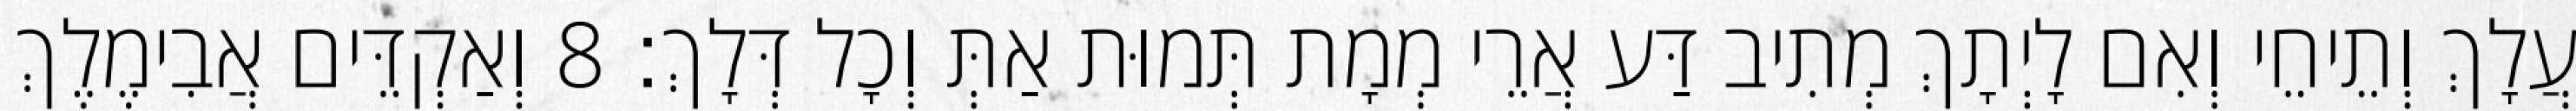
עֲלָךְ וְתֵיחֵי וְאִם לָיְתָךְ מְתִיב דַּע אֲרֵי מְמָת תְּמוּת אַתְּ וְכָל דְּלָךְ׃ 8 וְאַקְדֵּים אֲבִימֶלֶךְ